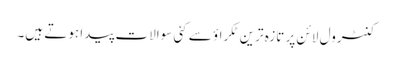
کنٹرول لائن پر تازہ ترین ٹکراؤ سے کئی سوالات پیدا ہوتے ہیں۔